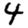
Digit: 4